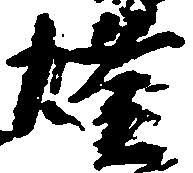
燈